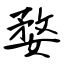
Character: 婺